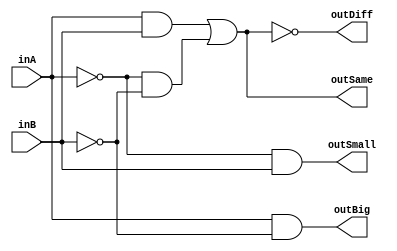
`timescale 1ns / 1ps

module one_bit(inA, inB, outSame, outDiff, outBig, outSmall);

input inA, inB;
output outSame, outDiff, outBig, outSmall;

assign outSame = (inA & inB) | ((~inA) & (~inB));
assign outDiff = ~((inA & inB) | ((~inA) & (~inB)));
assign outBig = inA & (~inB);
assign outSmall = (~inA) & inB;

endmodule